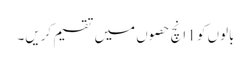
بالوں کو 1 انچ حصوں میں تقسیم کریں۔